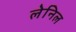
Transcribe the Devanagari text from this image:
लेनिल